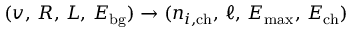
( v , \, R , \, L , \, E _ { \mathrm { b g } } ) \to ( n _ { i , \mathrm { c h } } , \, \ell , \, E _ { \mathrm { m a x } } , \, E _ { \mathrm { c h } } )